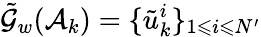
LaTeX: \tilde{\mathcal{G}}_{w}(\mathcal{A}_{k})=\{ \tilde{u}_{k}^{i}\} _{1\leqslant i\leqslant N^{\prime}}